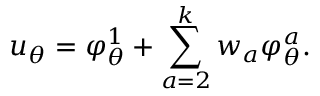
u _ { \theta } = \varphi _ { \theta } ^ { 1 } + \sum _ { a = 2 } ^ { k } w _ { a } \varphi _ { \theta } ^ { a } .